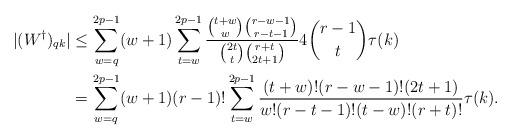
LaTeX: \begin{align*}|(W^{\dagger})_{qk}|&\leq \sum_{w=q}^{2p-1}(w+1)\sum_{t=w}^{2p-1}\frac{\binom{t+w}{w}\binom{r-w-1}{r-t-1}}{\binom{2t}{t}\binom{r+t}{2t+1}}4\binom{r-1}{t}\tau(k)\\&=\sum_{w=q}^{2p-1}(w+1)(r-1)!\sum_{t=w}^{2p-1}\frac{(t+w)!(r-w-1)!(2t+1)}{w!(r-t-1)!(t-w)!(r+t)!}\tau(k).\end{align*}